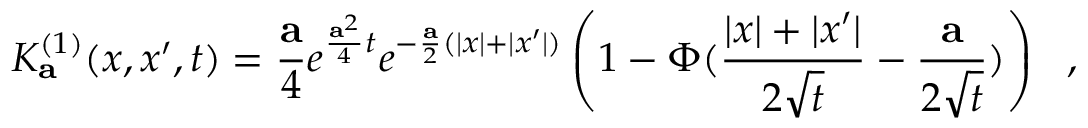
K _ { \bf a } ^ { ( 1 ) } ( x , x ^ { \prime } , t ) = { \frac { \bf a } { 4 } } e ^ { { \frac { { \bf a } ^ { 2 } } { 4 } } t } e ^ { - { \frac { \bf a } { 2 } } ( | x | + | x ^ { \prime } | ) } \left( 1 - \Phi ( { \frac { | x | + | x ^ { \prime } | } { 2 \sqrt { t } } } - { \frac { \bf a } { 2 \sqrt { t } } } ) \right) ~ ~ ,